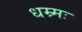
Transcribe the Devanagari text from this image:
धम्र्मः